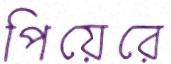
পিয়েরে